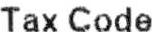
TAX CODE